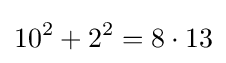
10^{2}+2^{2}=8\cdot 13